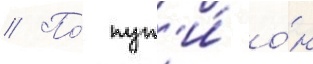
// По́ пут'и́ о́н